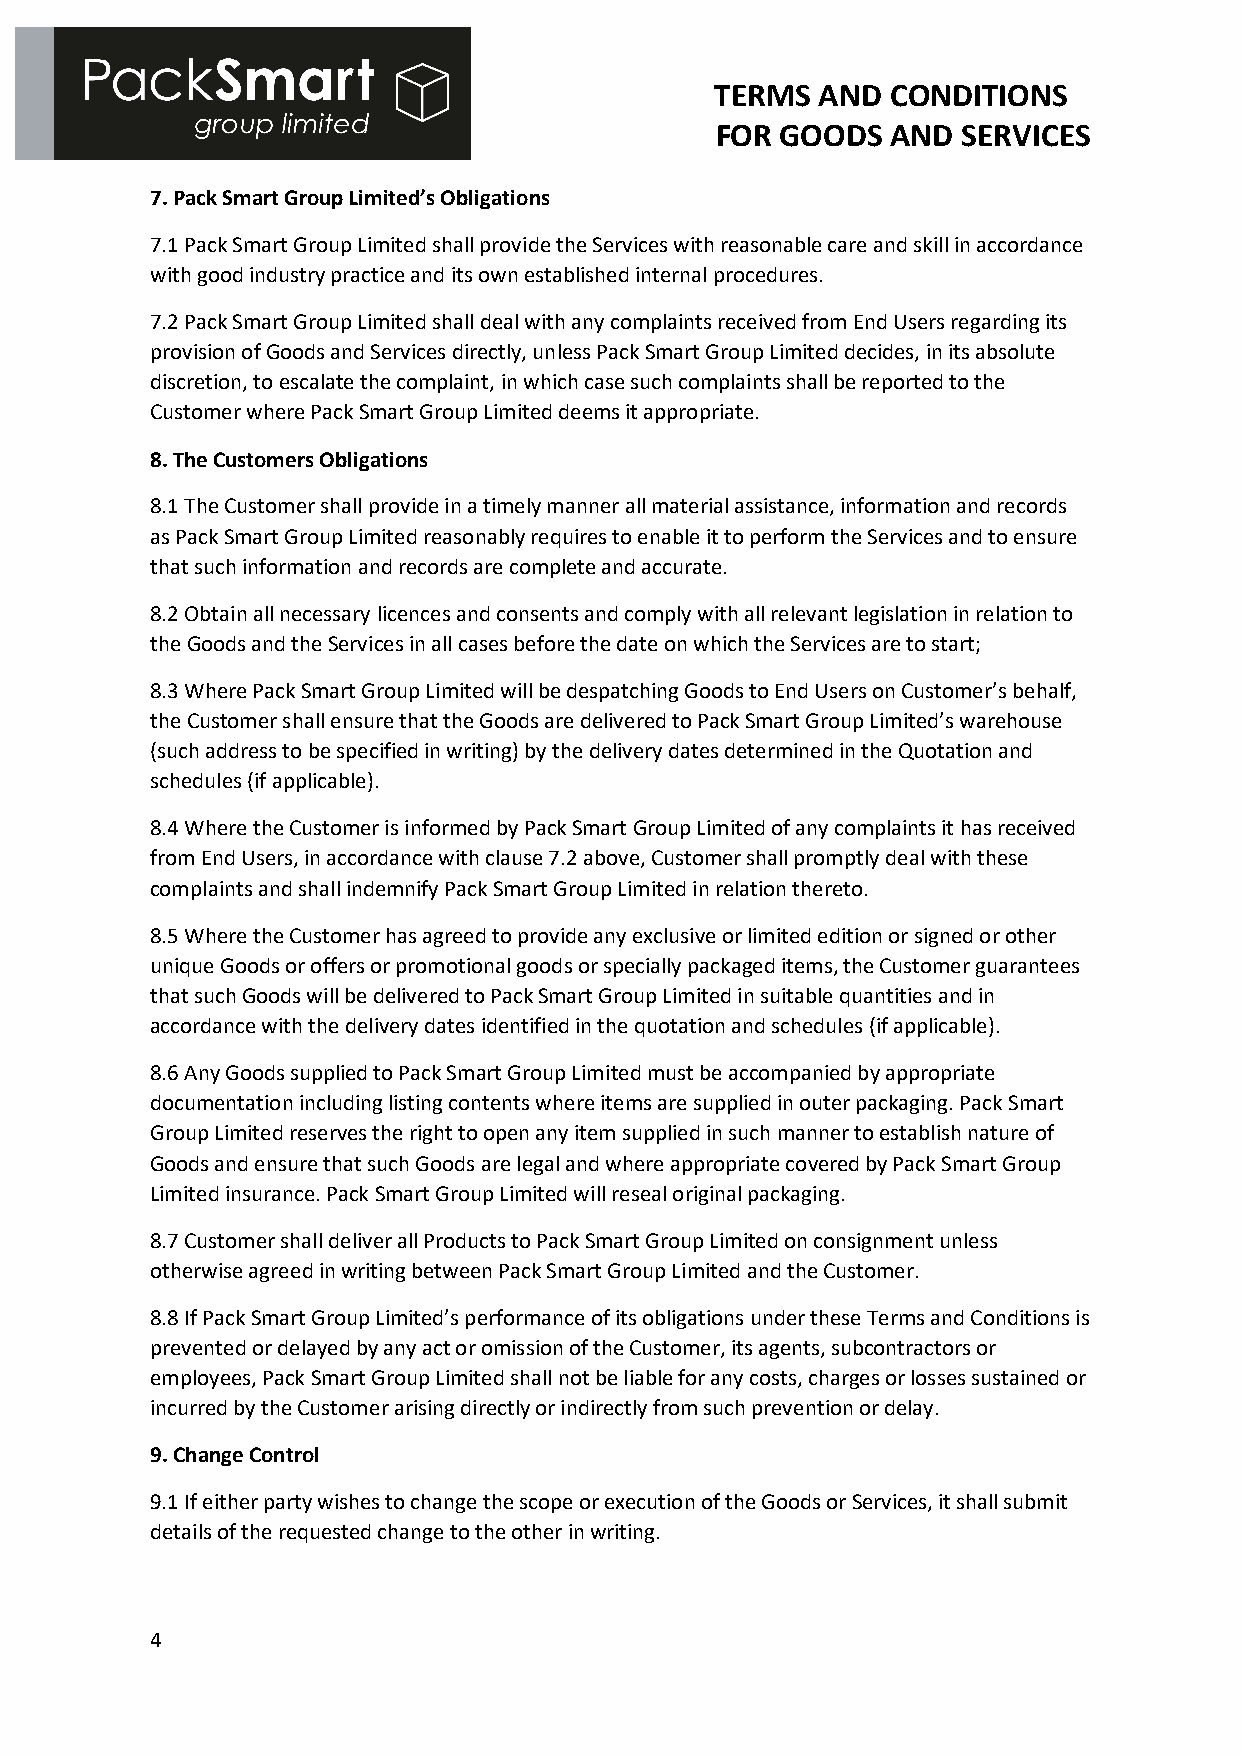
TERMS  AND  CONDITIONS
 FOR  GOODS  AND  SERVICES
 7. Pack Smart Group Limited’s Obligations
 7.1 Pack Smart Group Limited shall provide the Services with reasonable care and skill in accordance
 with good industry practice and its own established internal procedures.
 7.2 Pack Smart Group Limited shall deal with any complaints received from End Users regarding its
 provision of Goods and Services directly, unless Pack Smart Group Limited decides, in its absolute
 discretion, to escalate the complaint, in which case such complaints shall be reported to the
 Customer where Pack Smart Group Limited deems it appropriate.
 8. The Customers Obligations
 8.1 The Customer shall provide in a timely manner all material assistance, information and records
 as Pack Smart Group Limited reasonably requires to enable it to perform the Services and to ensure
 that such information and records are complete and accurate.
 8.2 Obtain all necessary licences and consents and comply with all relevant legislation in relation to
 the Goods and the Services in all cases before the date on which the Services are to start;
 8.3 Where Pack Smart Group Limited will be despatching Goods to End Users on Customer’s behalf,
 the Customer shall ensure that the Goods are delivered to Pack Smart Group Limited’s warehouse
 (such address to be specified in writing) by the delivery dates determined in the Quotation and
 schedules (if applicable).
 8.4 Where the Customer is informed by Pack Smart Group Limited of any complaints it has received
 from End Users, in accordance with clause 7.2 above, Customer shall promptly deal with these
 complaints and shall indemnify Pack Smart Group Limited in relation thereto.
 8.5 Where the Customer has agreed to provide any exclusive or limited edition or signed or other
 unique Goods or offers or promotional goods or specially packaged items, the Customer guarantees
 that such Goods will be delivered to Pack Smart Group Limited in suitable quantities and in
 accordance with the delivery dates identified in the quotation and schedules (if applicable).
 8.6 Any Goods supplied to Pack Smart Group Limited must be accompanied by appropriate
 documentation including listing contents where items are supplied in outer packaging. Pack Smart
 Group Limited reserves the right to open any item supplied in such manner to establish nature of
 Goods and ensure that such Goods are legal and where appropriate covered by Pack Smart Group
 Limited insurance. Pack Smart Group Limited will reseal original packaging.
 8.7 Customer shall deliver all Products to Pack Smart Group Limited on consignment unless
 otherwise agreed in writing between Pack Smart Group Limited and the Customer.
 8.8 If Pack Smart Group Limited’s performance of its obligations under these Terms and Conditions is
 prevented or delayed by any act or omission of the Customer, its agents, subcontractors or
 employees, Pack Smart Group Limited shall not be liable for any costs, charges or losses sustained or
 incurred by the Customer arising directly or indirectly from such prevention or delay.
 9. Change Control
 9.1 If either party wishes to change the scope or execution of the Goods or Services, it shall submit
 details of the requested change to the other in writing.
 4